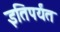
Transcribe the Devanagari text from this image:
इतिपर्यंत